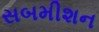
સબમીશન